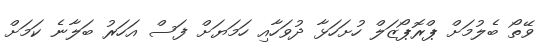
ވޭތޯ ބެލުމަށް ޕްރޮޕޯޒަލް ހުށަހަޅާ ދުވަހާއި ހަމަޔަށް ފަސް އަހަރު ބަލާނެ ކަމަށް